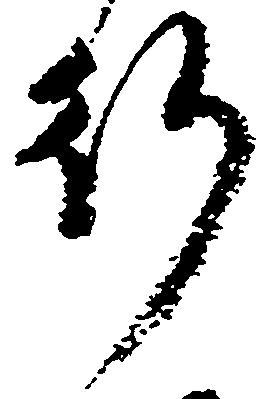
行